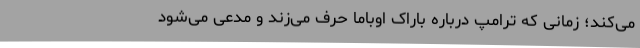
می‌کند؛ زمانی که ترامپ درباره باراک اوباما حرف می‌زند و مدعی می‌شود